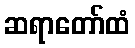
ဆရာတော်ထံ